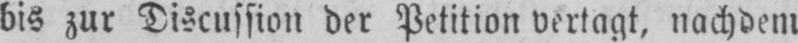
bis zur Discussion der Petition vertagt, nachdem